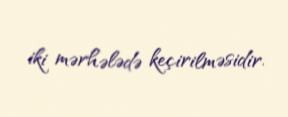
iki mərhələdə keçirilməsidir.